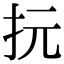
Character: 抏